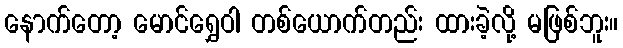
နောက်တော့ မောင်ရွှေဝါ တစ်ယောက်တည်း ထားခဲ့လို့ မဖြစ်ဘူး။